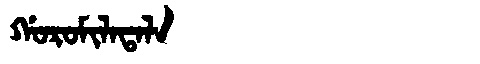
Manchu: ᡤᠣᡵᠣᠮᡳᠯᠠᡨᠠᠯᠠ
Romanization: GOROMILATALA